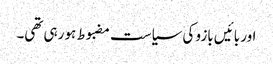
اور بائیں بازو کی سیاست مضبوط ہو رہی تھی۔